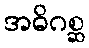
အဓိဂစ္ဆ